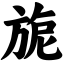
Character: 旎